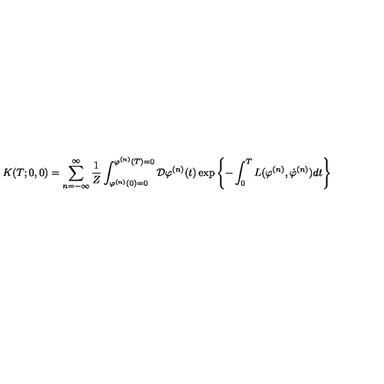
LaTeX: K ( T ; 0 , 0 ) = \sum _ { n = - \infty } ^ { \infty } \frac { 1 } { Z } \int _ { \varphi ^ { ( n ) } ( 0 ) = 0 } ^ { \varphi ^ { ( n ) } ( T ) = 0 } { \cal D } \varphi ^ { ( n ) } ( t ) \exp \left\{ - \int _ { 0 } ^ { T } L ( \varphi ^ { ( n ) } , \dot { \varphi } ^ { ( n ) } ) d t \right\}